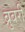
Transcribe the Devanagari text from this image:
ब्रुबरी